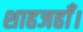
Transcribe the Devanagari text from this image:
शाहजहाँ।